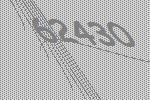
62430